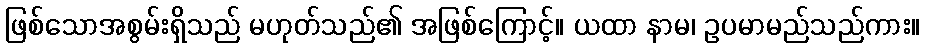
ဖြစ်သောအစွမ်းရှိသည် မဟုတ်သည်၏ အဖြစ်ကြောင့်။ ယထာ နာမ၊ ဥပမာမည်သည်ကား။